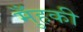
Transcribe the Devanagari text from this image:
मुँहकी